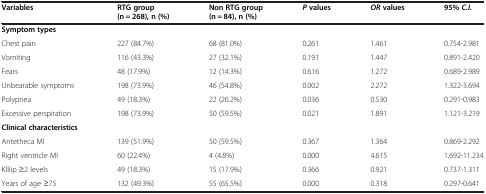
| Variables | RTG group (n = 268), n (%) | Non RTG group (n = 84), n (%) | Pvalues | ORvalues | 95%C.I. |
 | --- | --- | --- | --- | --- | --- |
 | Symptom types |  |  |  |  |  |
 | Chest pain | 227 (84.7%) | 68 (81.0%) | 0.261 | 1.461 | 0.754-2.981 |
 | Vomiting | 116 (43.3%) | 27 (32.1%) | 0.191 | 1.447 | 0.891-2.420 |
 | Fears | 48 (17.9%) | 12 (14.3%) | 0.616 | 1.272 | 0.689-2.989 |
 | Unbearable symptoms | 198 (73.9%) | 46 (54.8%) | 0.002 | 2.272 | 1.322-3.694 |
 | Polypnea | 49 (18.3%) | 22 (26.2%) | 0.036 | 0.530 | 0.291-0.983 |
 | Excessive perspiration | 198 (73.9%) | 50 (59.5%) | 0.021 | 1.891 | 1.121-3.219 |
 | Clinical characteristics |  |  |  |  |  |
 | Antetheca MI | 139 (51.9%) | 50 (59.5%) | 0.367 | 1.364 | 0.869-2.292 |
 | Right ventricle MI | 60 (22.4%) | 4 (4.8%) | 0.000 | 4.615 | 1.692-11.234 |
 | Klliip ≥2 levels | 49 (18.3%) | 15 (17.9%) | 0.366 | 0.921 | 0.737-1.311 |
 | Years of age ≥75 | 132 (49.3%) | 55 (65.5%) | 0.000 | 0.318 | 0.297-0.641 |